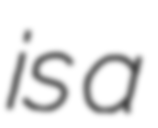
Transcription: is a